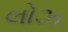
લોઝ